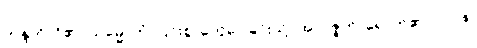
ကန္ဒတိ၊ ငို၏။ သမ္မောဟံ၊ ပြင်းစွာတွေဝေခြင်းသို့။ အာပဇ္ဇတိ၊ ရောက်၏။ ဝါ ပန၊